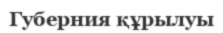
Губерния құрылуы